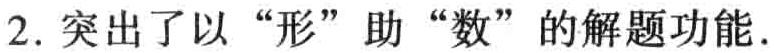
2. 突出了以 “形” 助 “数” 的解题功能.